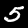
Digit: 5